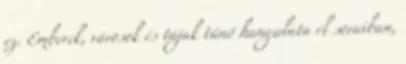
ez. Emberek, városok és tájak tűnő hangulata él soraiban,